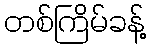
တစ်ကြိမ်ခန့်